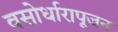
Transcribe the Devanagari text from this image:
वसोर्धारापूजन